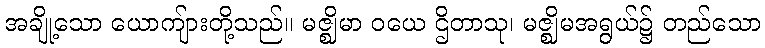
အချို့သော ယောကျ်ားတို့သည်။ မဇ္ဈိမာ ဝယေ ဌိတာသု၊ မဇ္ဈိမအရွယ်၌ တည်သော